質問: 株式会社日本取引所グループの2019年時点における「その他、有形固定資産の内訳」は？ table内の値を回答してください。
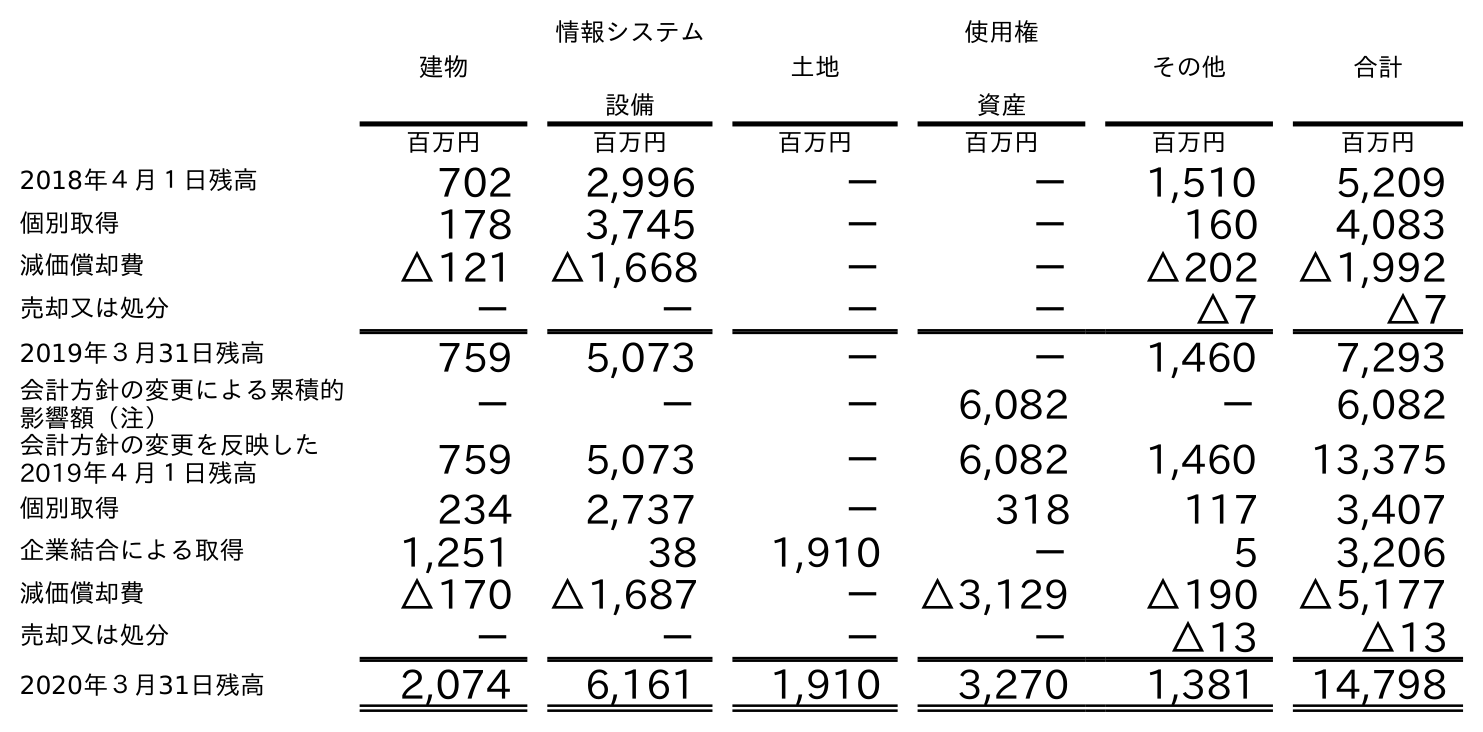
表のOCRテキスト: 建物 情報システム 設備 土地 使用権 資産 その他 合計 百万円 百万円 百万円 百万円 百万円 百万円 2018年４月１日残高 702 2,996 － － 1,510 5,209 個別取得 178 3,745 － － 160 4,083 減価償却費 △121 △1,668 － － △202 △1,992 売却又は処分 － － － － △7 △7 2019年３月31日残高 759 5,073 － － 1,460 7,293 会計方針の変更による累積的 影響額（注） － － － 6,082 － 6,082 会計方針の変更を反映した 2019年４月１日残高 759 5,073 － 6,082 1,460 13,375 個別取得 234 2,737 － 318 117 3,407 企業結合による取得 1,251 38 1,910 － 5 3,206 減価償却費 △170 △1,687 － △3,129 △190 △5,177 売却又は処分 － － － － △13 △13 2020年３月31日残高 2,074 6,161 1,910 3,270 1,381 14,798
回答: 1,460